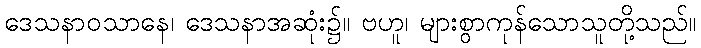
ဒေသနာဝသာနေ၊ ဒေသနာအဆုံး၌။ ဗဟူ၊ များစွာကုန်သောသူတို့သည်။